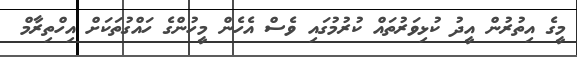
މީގެ އިތުރުން އީދު ކުޅިވަރުތައް ކުރުމުގައި ވެސް އެހެން މީހުންގެ ހައްގުތަކަށް އިހްތިރާމް